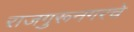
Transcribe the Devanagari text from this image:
राजगुरूनगरचे